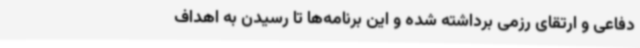
دفاعی و ارتقای رزمی برداشته شده و این برنامه‌ها تا رسیدن به اهداف